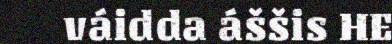
váidda áššis HE